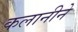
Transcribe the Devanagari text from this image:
कलानीने